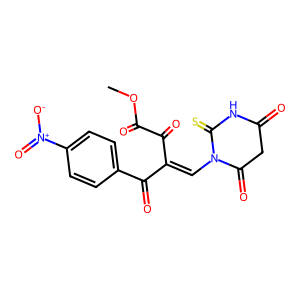
SMILES: COC(=O)C(=O)C(=CN1C(=O)CC(=O)NC1=S)C(=O)c1ccc([N+](=O)[O-])cc1
Inhibits HIV replication: No